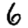
Digit: 6